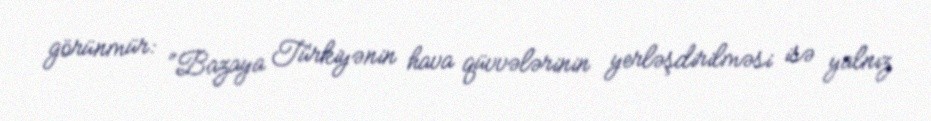
görünmür: “Bazaya Türkiyənin hava qüvvələrinin yerləşdirilməsi isə yalnız